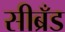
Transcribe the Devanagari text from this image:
सीब्रँड